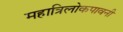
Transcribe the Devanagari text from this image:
महात्रिलोकपावनी